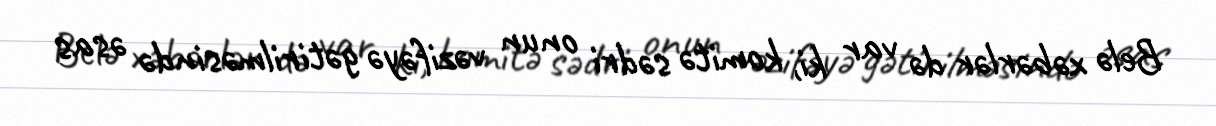
Belə xəbərlər də var ki, komitə sədri onun vəzifəyə gətirilməsində əsas